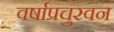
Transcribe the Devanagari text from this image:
वर्षाप्रचुरवन